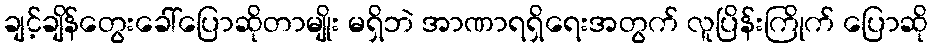
ချင့်ချိန်တွေးခေါ်ပြောဆိုတာမျိုး မရှိဘဲ အာဏာရရှိရေးအတွက် လူပြိန်းကြိုက် ပြောဆို